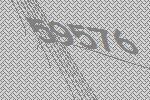
59576